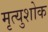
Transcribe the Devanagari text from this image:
मृत्युशोक